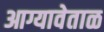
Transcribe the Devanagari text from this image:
आग्यावेताळ